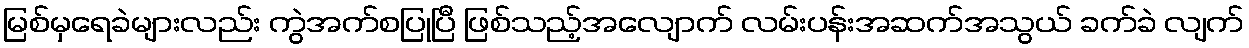
မြစ်မှရေခဲများလည်း ကွဲအက်စပြုပြီ ဖြစ်သည့်အလျောက် လမ်းပန်းအဆက်အသွယ် ခက်ခဲ လျက်